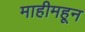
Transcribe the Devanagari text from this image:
माहीमहून